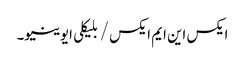
ایکس این ایم ایکس / بلیکلی ایوینیو۔